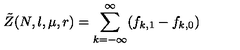
\tilde { Z } ( N , l , \mu , r ) = \sum _ { k = - \infty } ^ { \infty } ( f _ { k , 1 } - f _ { k , 0 } )